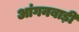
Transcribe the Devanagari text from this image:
आंगनबाड़़ी